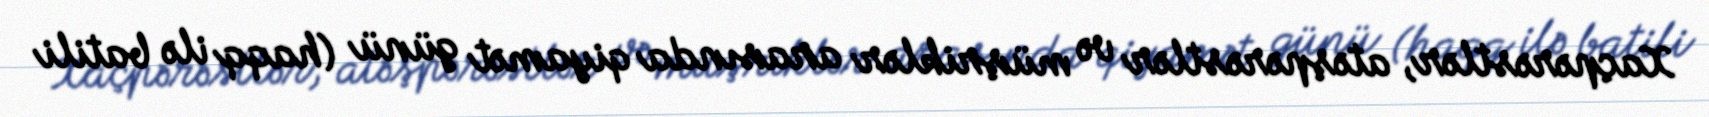
Xaçpərəstlər, atəşpərəstlər və müşriklər arasında qiyamət günü (haqq ilə batili